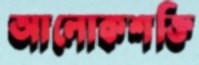
আলোকশক্তি